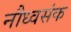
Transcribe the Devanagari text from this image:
नौध्वसंक